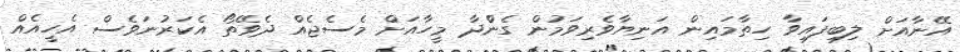
އޭނާއަށް ލިބިފައިވާ ހިތާމަައިން އަނިޔާވެރިވަމުން ގެންްދާ މީހާއަށް މެސެޖެއް ދެވޭތޯ އެކަަރުނަވެސް އެހީއެއް